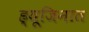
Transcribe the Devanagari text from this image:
ह्यूजिनात